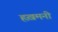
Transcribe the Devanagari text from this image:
हख़मनी